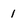
Character: 1